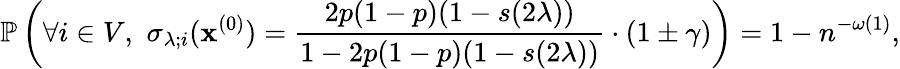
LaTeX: \mathbb{P}\left(\forall i\in V,\, \, \sigma_{\lambda;i}(\mathbf{x}^{(0)})=\frac{2p(1-p)(1-{s(2\lambda)})}{1-2p(1-p)(1-{s(2\lambda)})}\cdot(1\pm\gamma)\right)=1-n^{-\omega(1)},